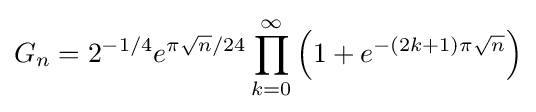
G_{n}=2^{-1/4}e^{\pi {\sqrt {n}}/24}\prod _{k=0}^{\infty }\left(1+e^{-(2k+1)\pi {\sqrt {n}}}\right)